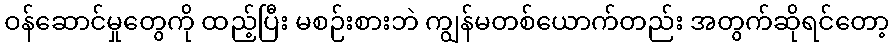
ဝန်ဆောင်မှုတွေကို ထည့်ပြီး မစဉ်းစားဘဲ ကျွန်မတစ်ယောက်တည်း အတွက်ဆိုရင်တော့